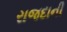
રાજદાની